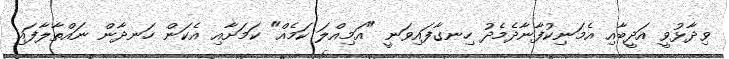
ވިދާޅުވީ އަދީބާއި އެމަނިކުފާނާދެމެދު ހިނގާފައިވަނީ "އަމިއްލަ ކަމެއް" ކަމަށާއި އެކަން ހަނދާން ނައްތާލާފައި